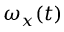
\omega _ { x } ( t )